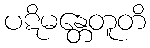
ပဋိမန္တေတူတိ